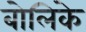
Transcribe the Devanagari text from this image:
बोलिके